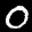
Label: 0